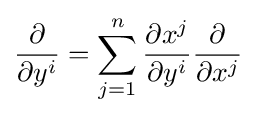
{\frac {\partial }{\partial y^{i}}}=\sum _{j=1}^{n}{\frac {\partial x^{j}}{\partial y^{i}}}{\frac {\partial }{\partial x^{j}}}